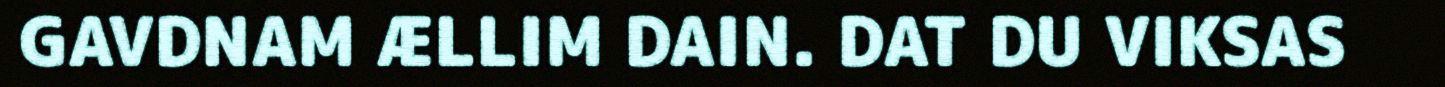
GAVDNAM ÆLLIM DAIN. DAT DU VIKSAS